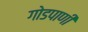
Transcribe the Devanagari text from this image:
गोडपाणी